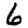
Digit: 6